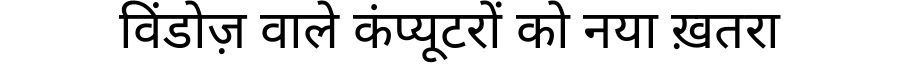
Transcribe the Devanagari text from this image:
विंडोज़ वाले कंप्यूटरों को नया ख़तरा